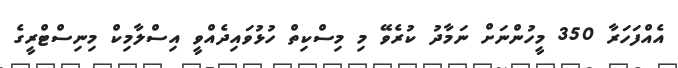
އެއްފަހަރާ 350 މީހުންނަށް ނަމާދު ކުރެވޭ މި މިސްކިތް ހުޅުވައިދެއްވީ އިސްލާމިކް މިނިސްޓްރީގެ